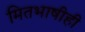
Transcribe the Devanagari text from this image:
मितभाषीही